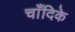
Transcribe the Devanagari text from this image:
चाँदिके